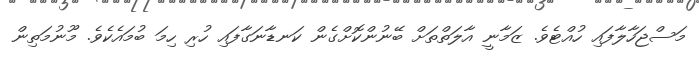
މަސްޖަހާލާފައި ހުއްޓެވެ. ޒަމާނީ އާލަތްތަށް ބޭނުންކޮށްގެން ކަނޑާނަގާފައި ހުރި ހިމަ ބުމައެކެވެ. މޫނުމަތިން